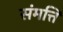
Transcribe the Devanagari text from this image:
संमत्ति